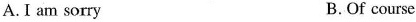
A.I am sorry B.Of course